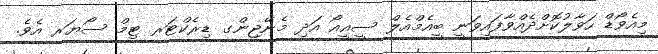
މިއެވޯޑް ހަވާލުކޮށްދެއްވާފައިވަނީ ބީއެމްއެލް ސީއީއޯ އަދި މެނޭޖިންގ ޑިރެކްޓަރ ޓިމް ސޯޔަރ އެވެ.